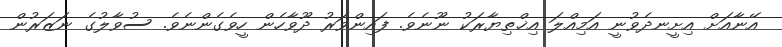
އޭނާއަށް އިށީނދެވުނީ އަމިއްލަ އިޚްތިޔާރަކު ނޫނެވެ. ފައިންވަރު ދޫވާހެން ހީވެގެންނެވެ. ސުވާލުގެ ނަޒަރުން